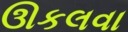
ઊકલવા